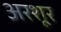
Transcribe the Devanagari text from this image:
अरशूर